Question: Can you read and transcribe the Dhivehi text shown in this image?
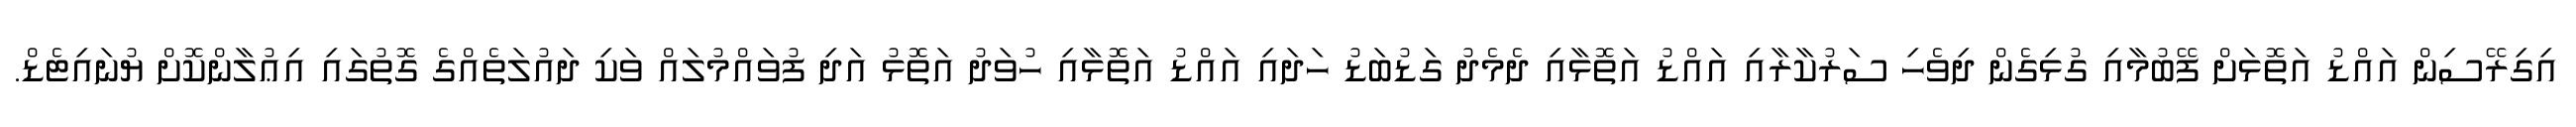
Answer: އިގިރޭސިން އައްޑު އަތޮޅަށް ފޭބުމާއި ގުޅިގެން ދިވެހި ސަރުކާރާއި އައްޑު އަތޮޅާއި ދެމެދު ގަޑުބަޑު ހަދައި އައްޑު އަތޮޅާއި ހުވަދު އަތޮޅު އަދި ފުވައްމުލައް ވަކި ދައުލަތެއްގެ ގޮތުގައި އިޢުލާންކޮށް ޔުނައިޓެޑް.